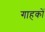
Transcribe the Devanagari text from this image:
गाहकों